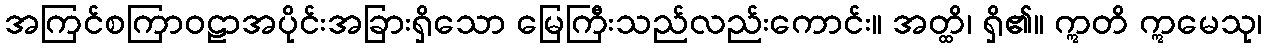
အကြင်စကြာဝဠာအပိုင်းအခြားရှိသော မြေကြီးသည်လည်းကောင်း။ အတ္ထိ၊ ရှိ၏။ ဣတိ ဣမေသု၊